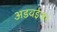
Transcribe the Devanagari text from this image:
अडवईजर